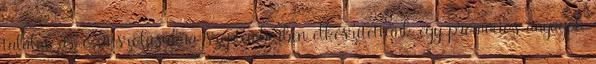
találni, az ő unszolásukra szeptemberben elkészítettünk egy promóciós anyagot,